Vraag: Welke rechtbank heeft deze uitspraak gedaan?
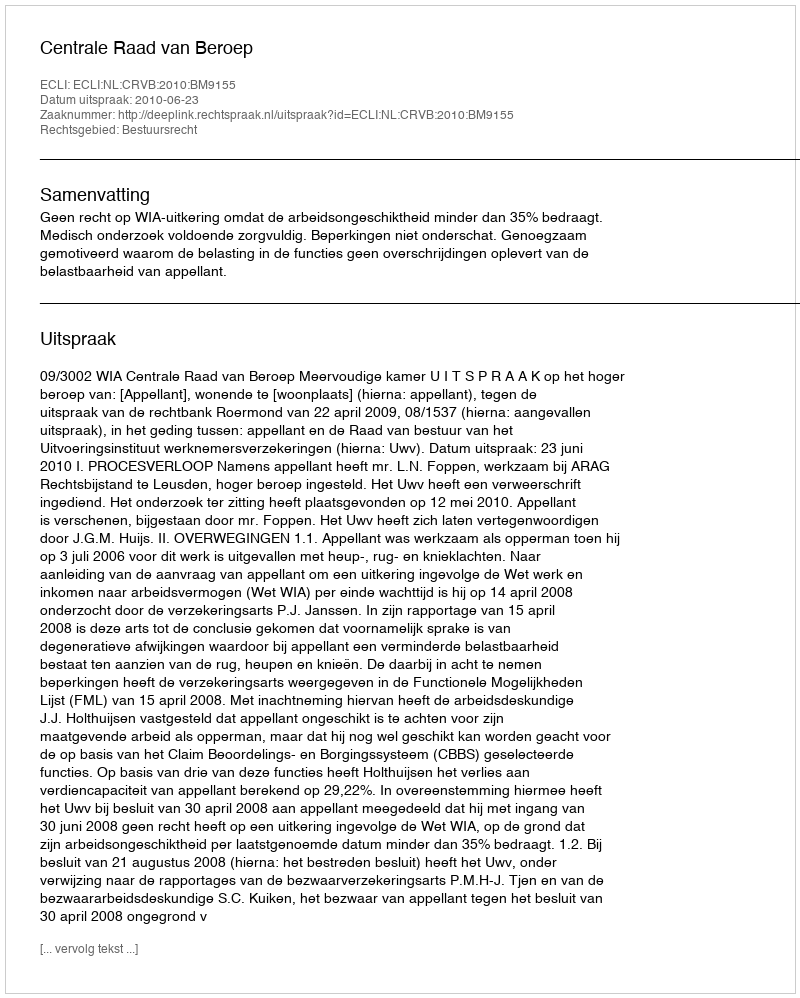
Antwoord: Centrale Raad van Beroep